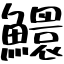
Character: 鱞